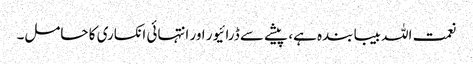
نعمت اللہ بیبا بندہ ہے، پیشے سے ڈرائیور اور انتہائی انکساری کا حامل۔